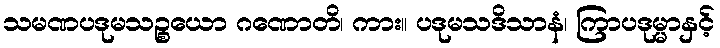
သမဏပဒုမသဉ္စယော ဂဏောတိ၊ ကား။ ပဒုမသဒိသာနံ၊ ကြာပဒုမ္မာနှင့်